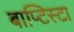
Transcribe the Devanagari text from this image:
बाप्टिस्टा